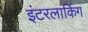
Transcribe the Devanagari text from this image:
इंटरलाकिंग